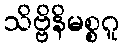
သိဗ္ဗိနိမစ္စဂူ